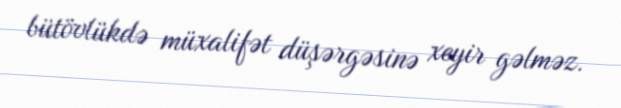
bütövlükdə müxalifət düşərgəsinə xeyir gəlməz.